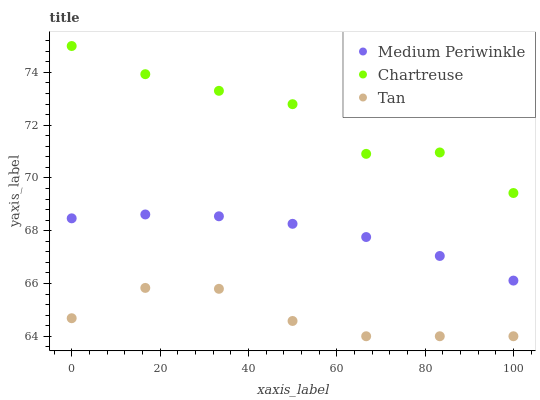
| xaxis_label | Medium Periwinkle | Chartreuse | Tan |
 | --- | --- | --- | --- |
 | 0 | 68.5 | 75 | 64.7 |
 | 16.7 | 68.6 | 73.9 | 65.8 |
 | 33.3 | 68.5 | 73.3 | 65.8 |
 | 50 | 68.3 | 72.8 | 64.6 |
 | 66.7 | 67.8 | 70.9 | 64 |
 | 83.3 | 67 | 71 | 64 |
 | 100 | 66.1 | 69.4 | 64 |